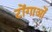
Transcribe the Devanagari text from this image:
टोंगाओं